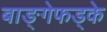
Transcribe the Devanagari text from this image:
बाङ्गेफड्के